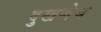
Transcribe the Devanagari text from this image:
दुखणेच